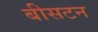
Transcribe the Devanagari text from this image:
बीसटन